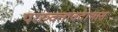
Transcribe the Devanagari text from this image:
पररुक्तावदाभास